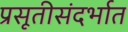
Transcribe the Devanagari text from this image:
प्रसूतीसंदर्भात